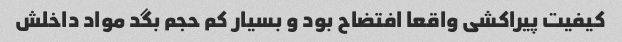
کیفیت پیراکشی واقعا افتضاح بود و بسیار کم حجم بگد مواد داخلش